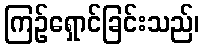
ကြဉ်ရှောင်ခြင်းသည်၊